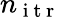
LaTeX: n_{\mathrm{~i~t~r~}}